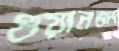
গুয়ানজং